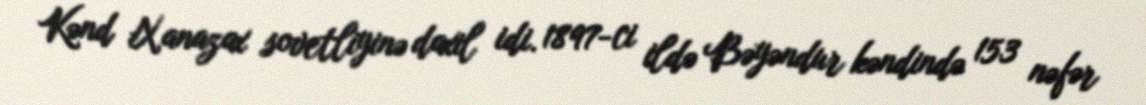
Kənd Xanazax sovetliyinə daxil idi. 1897-ci ildə Bəyəndur kəndində 153 nəfər